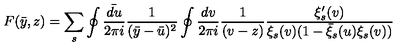
F ( \bar { y } , z ) = \sum _ { s } \oint \frac { \bar { d u } } { 2 \pi i } \frac { 1 } { ( \bar { y } - \bar { u } ) ^ { 2 } } \oint \frac { d v } { 2 \pi i } \frac { 1 } { ( v - z ) } \frac { \xi _ { s } ^ { \prime } ( v ) } { \xi _ { s } ( v ) ( 1 - \bar { \xi } _ { s } ( u ) \xi _ { s } ( v ) ) }